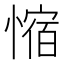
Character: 𫺿